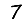
Digit: 7